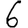
Digit: 6